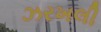
ઝરખલી